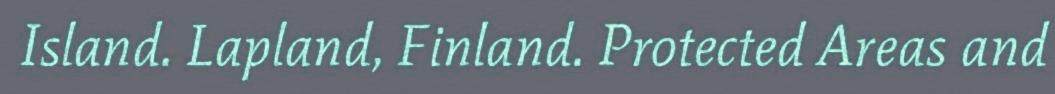
Island. Lapland, Finland. Protected Areas and